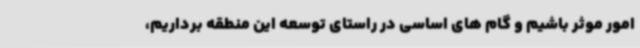
امور موثر باشیم و گام های اساسی در راستای توسعه این منطقه برداریم،